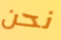
نحن